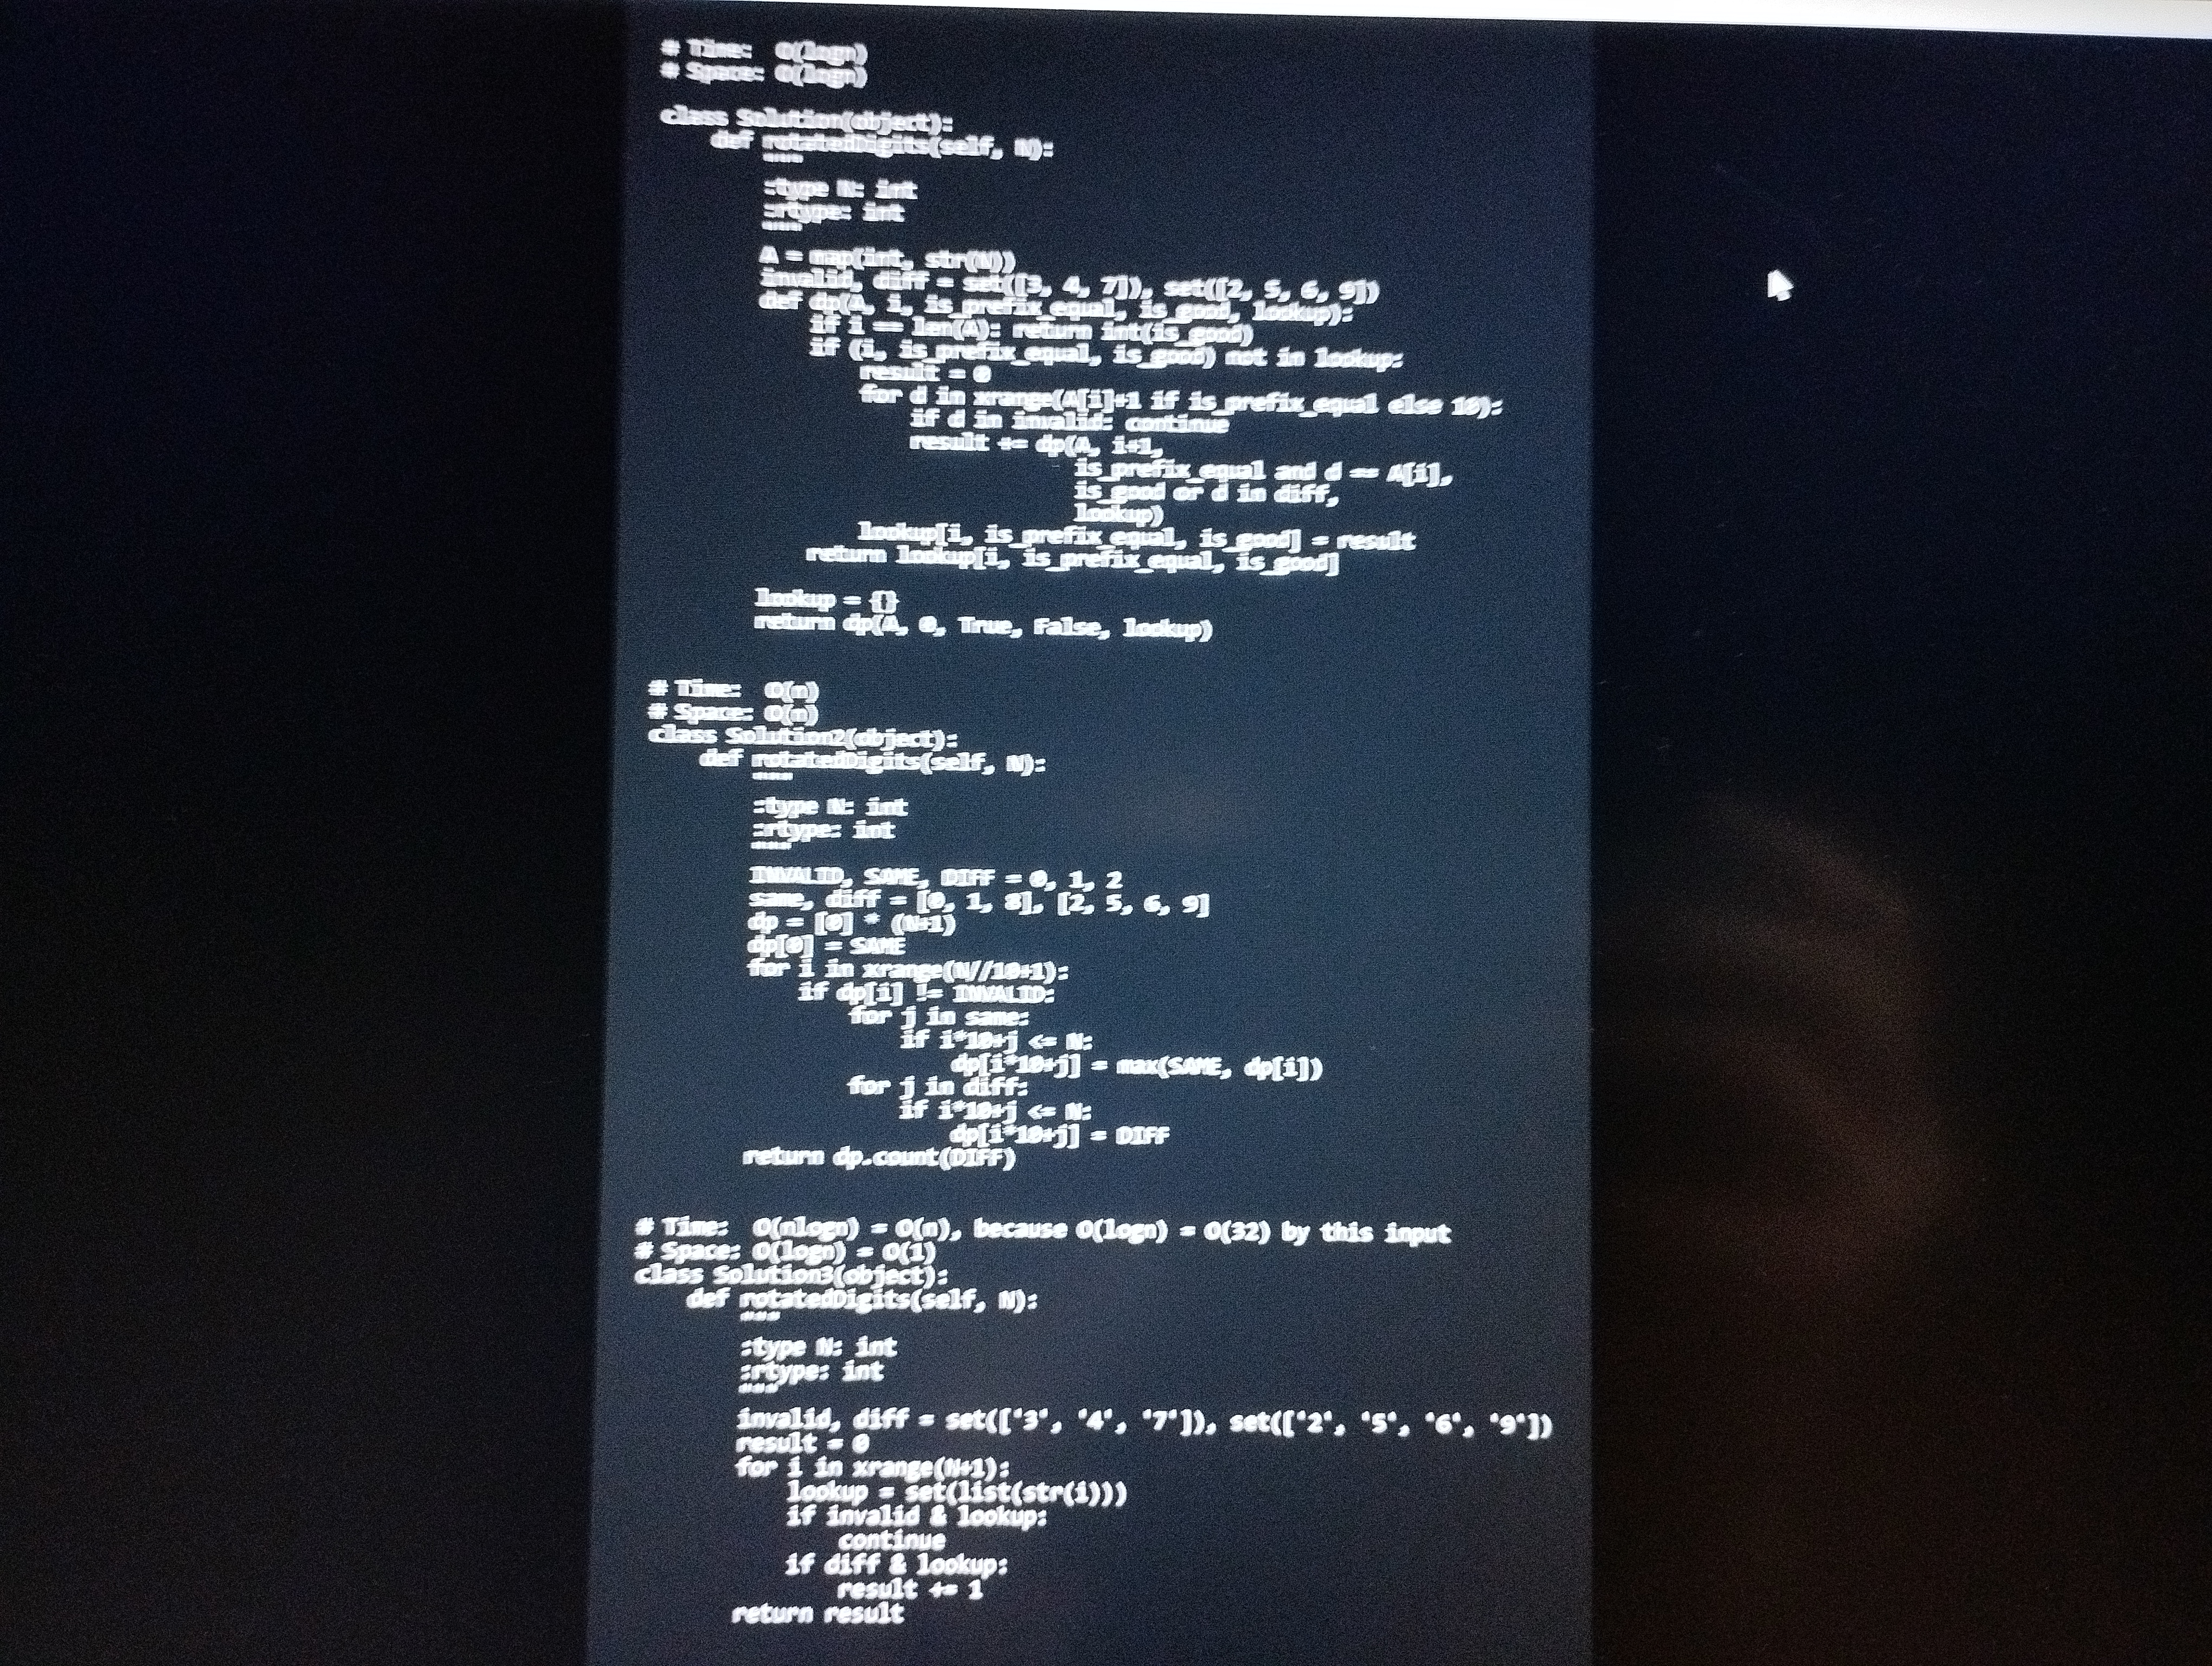
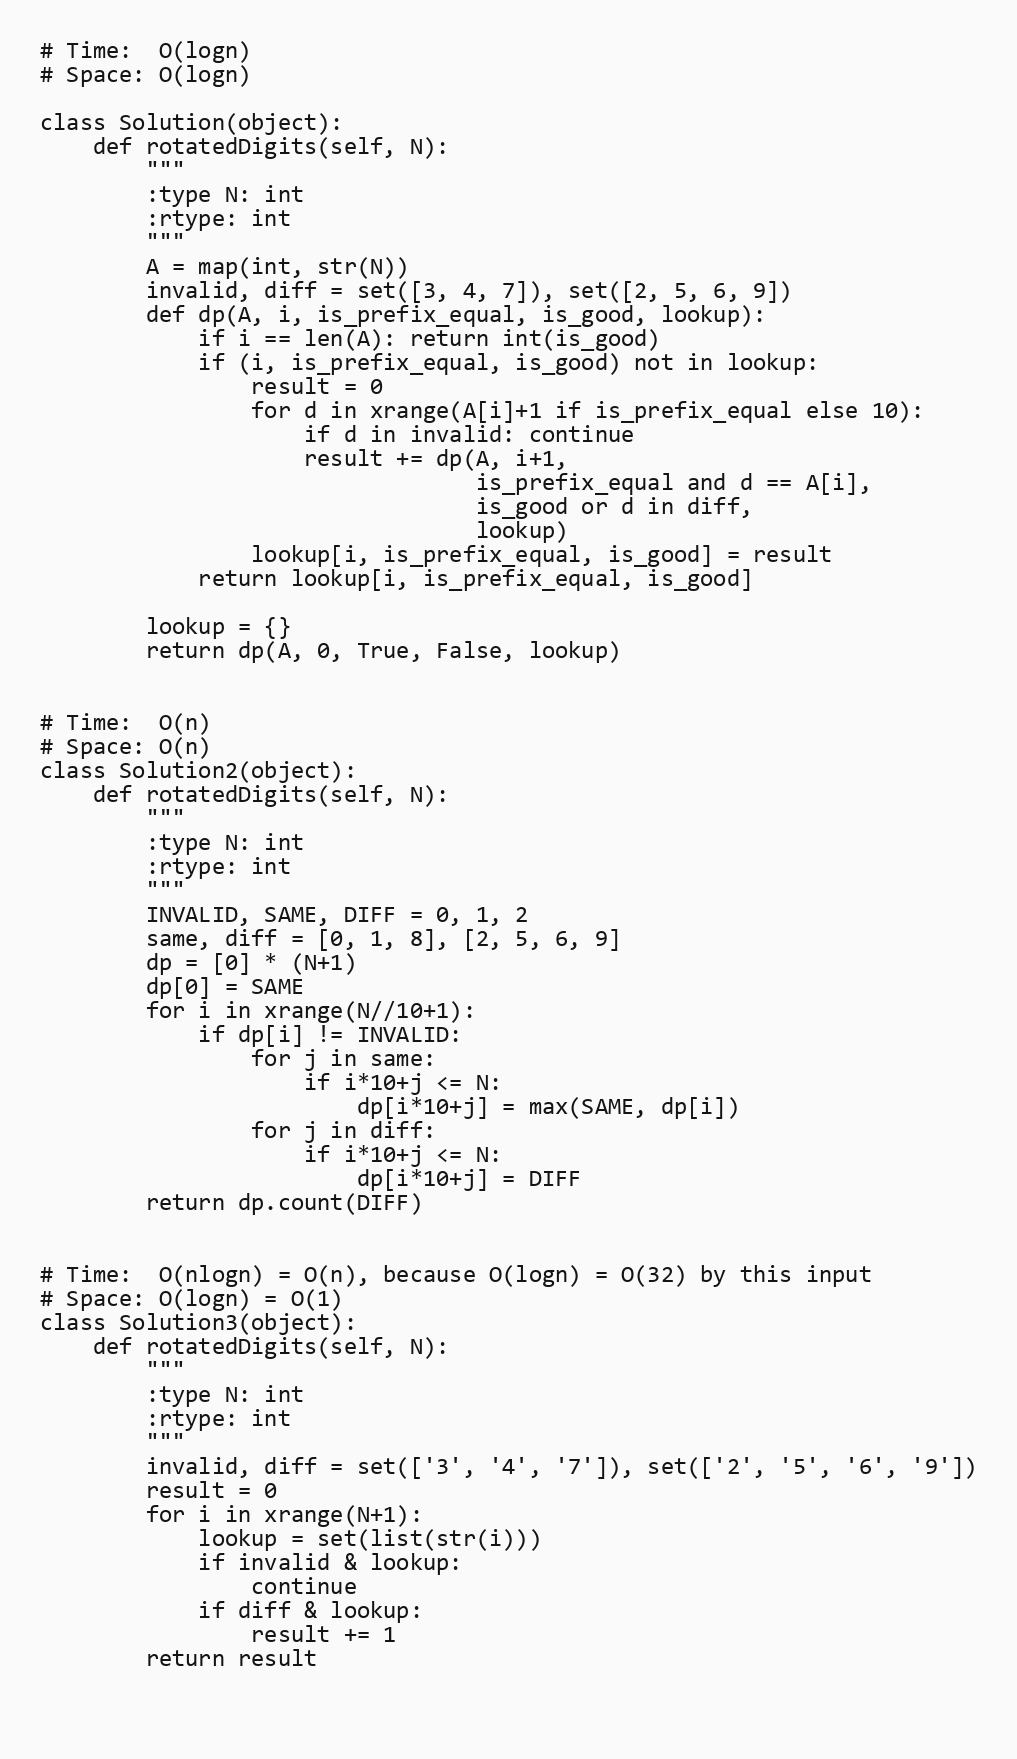
# Time:  O(logn)
# Space: O(logn)

class Solution(object):
    def rotatedDigits(self, N):
        """
        :type N: int
        :rtype: int
        """
        A = map(int, str(N))
        invalid, diff = set([3, 4, 7]), set([2, 5, 6, 9])
        def dp(A, i, is_prefix_equal, is_good, lookup):
            if i == len(A): return int(is_good)
            if (i, is_prefix_equal, is_good) not in lookup:
                result = 0
                for d in xrange(A[i]+1 if is_prefix_equal else 10):
                    if d in invalid: continue
                    result += dp(A, i+1,
                                 is_prefix_equal and d == A[i],
                                 is_good or d in diff,
                                 lookup)
                lookup[i, is_prefix_equal, is_good] = result
            return lookup[i, is_prefix_equal, is_good]

        lookup = {}
        return dp(A, 0, True, False, lookup)

# Time:  O(n)
# Space: O(n)
class Solution2(object):
    def rotatedDigits(self, N):
        """
        :type N: int
        :rtype: int
        """
        INVALID, SAME, DIFF = 0, 1, 2
        same, diff = [0, 1, 8], [2, 5, 6, 9]
        dp = [0] * (N+1)
        dp[0] = SAME
        for i in xrange(N//10+1):
            if dp[i] != INVALID:
                for j in same:
                    if i*10+j <= N:
                        dp[i*10+j] = max(SAME, dp[i])
                for j in diff:
                    if i*10+j <= N:
                        dp[i*10+j] = DIFF
        return dp.count(DIFF)

# Time:  O(nlogn) = O(n), because O(logn) = O(32) by this input
# Space: O(logn) = O(1)
class Solution3(object):
    def rotatedDigits(self, N):
        """
        :type N: int
        :rtype: int
        """
        invalid, diff = set(['3', '4', '7']), set(['2', '5', '6', '9'])
        result = 0
        for i in xrange(N+1):
            lookup = set(list(str(i)))
            if invalid & lookup:
                continue
            if diff & lookup:
                result += 1
        return result